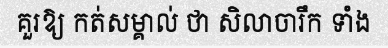
គួរឱ្យ កត់សម្គាល់ ថា សិលាចារឹក ទាំង